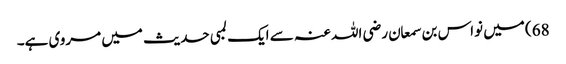
68) میں نواس بن سمعان رضی اللہ عنہ سے ایک لمبی حدیث میں مروی ہے۔